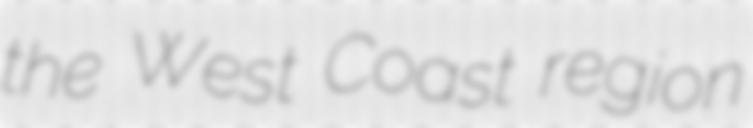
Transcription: the West Coast region